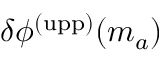
\delta \phi ^ { \mathrm { ( u p p ) } } ( m _ { a } )